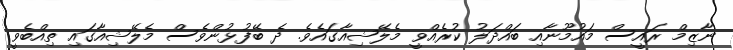
ނާޒިމް ރައީސް މައުމޫނާއި ބައްދަލު ކުރެއްވީ މެލޭޝިއާގައެވެ. ދެ ބޭފުޅުންވެސް މެލޭޝިއާގައި ތިއްބެވީ